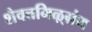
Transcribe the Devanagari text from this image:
शैवत्तमिऴ्‌ग्रंथ